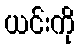
ယင်းကို